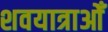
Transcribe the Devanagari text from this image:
शवयात्राओँ